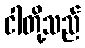
ငါတို့သည်